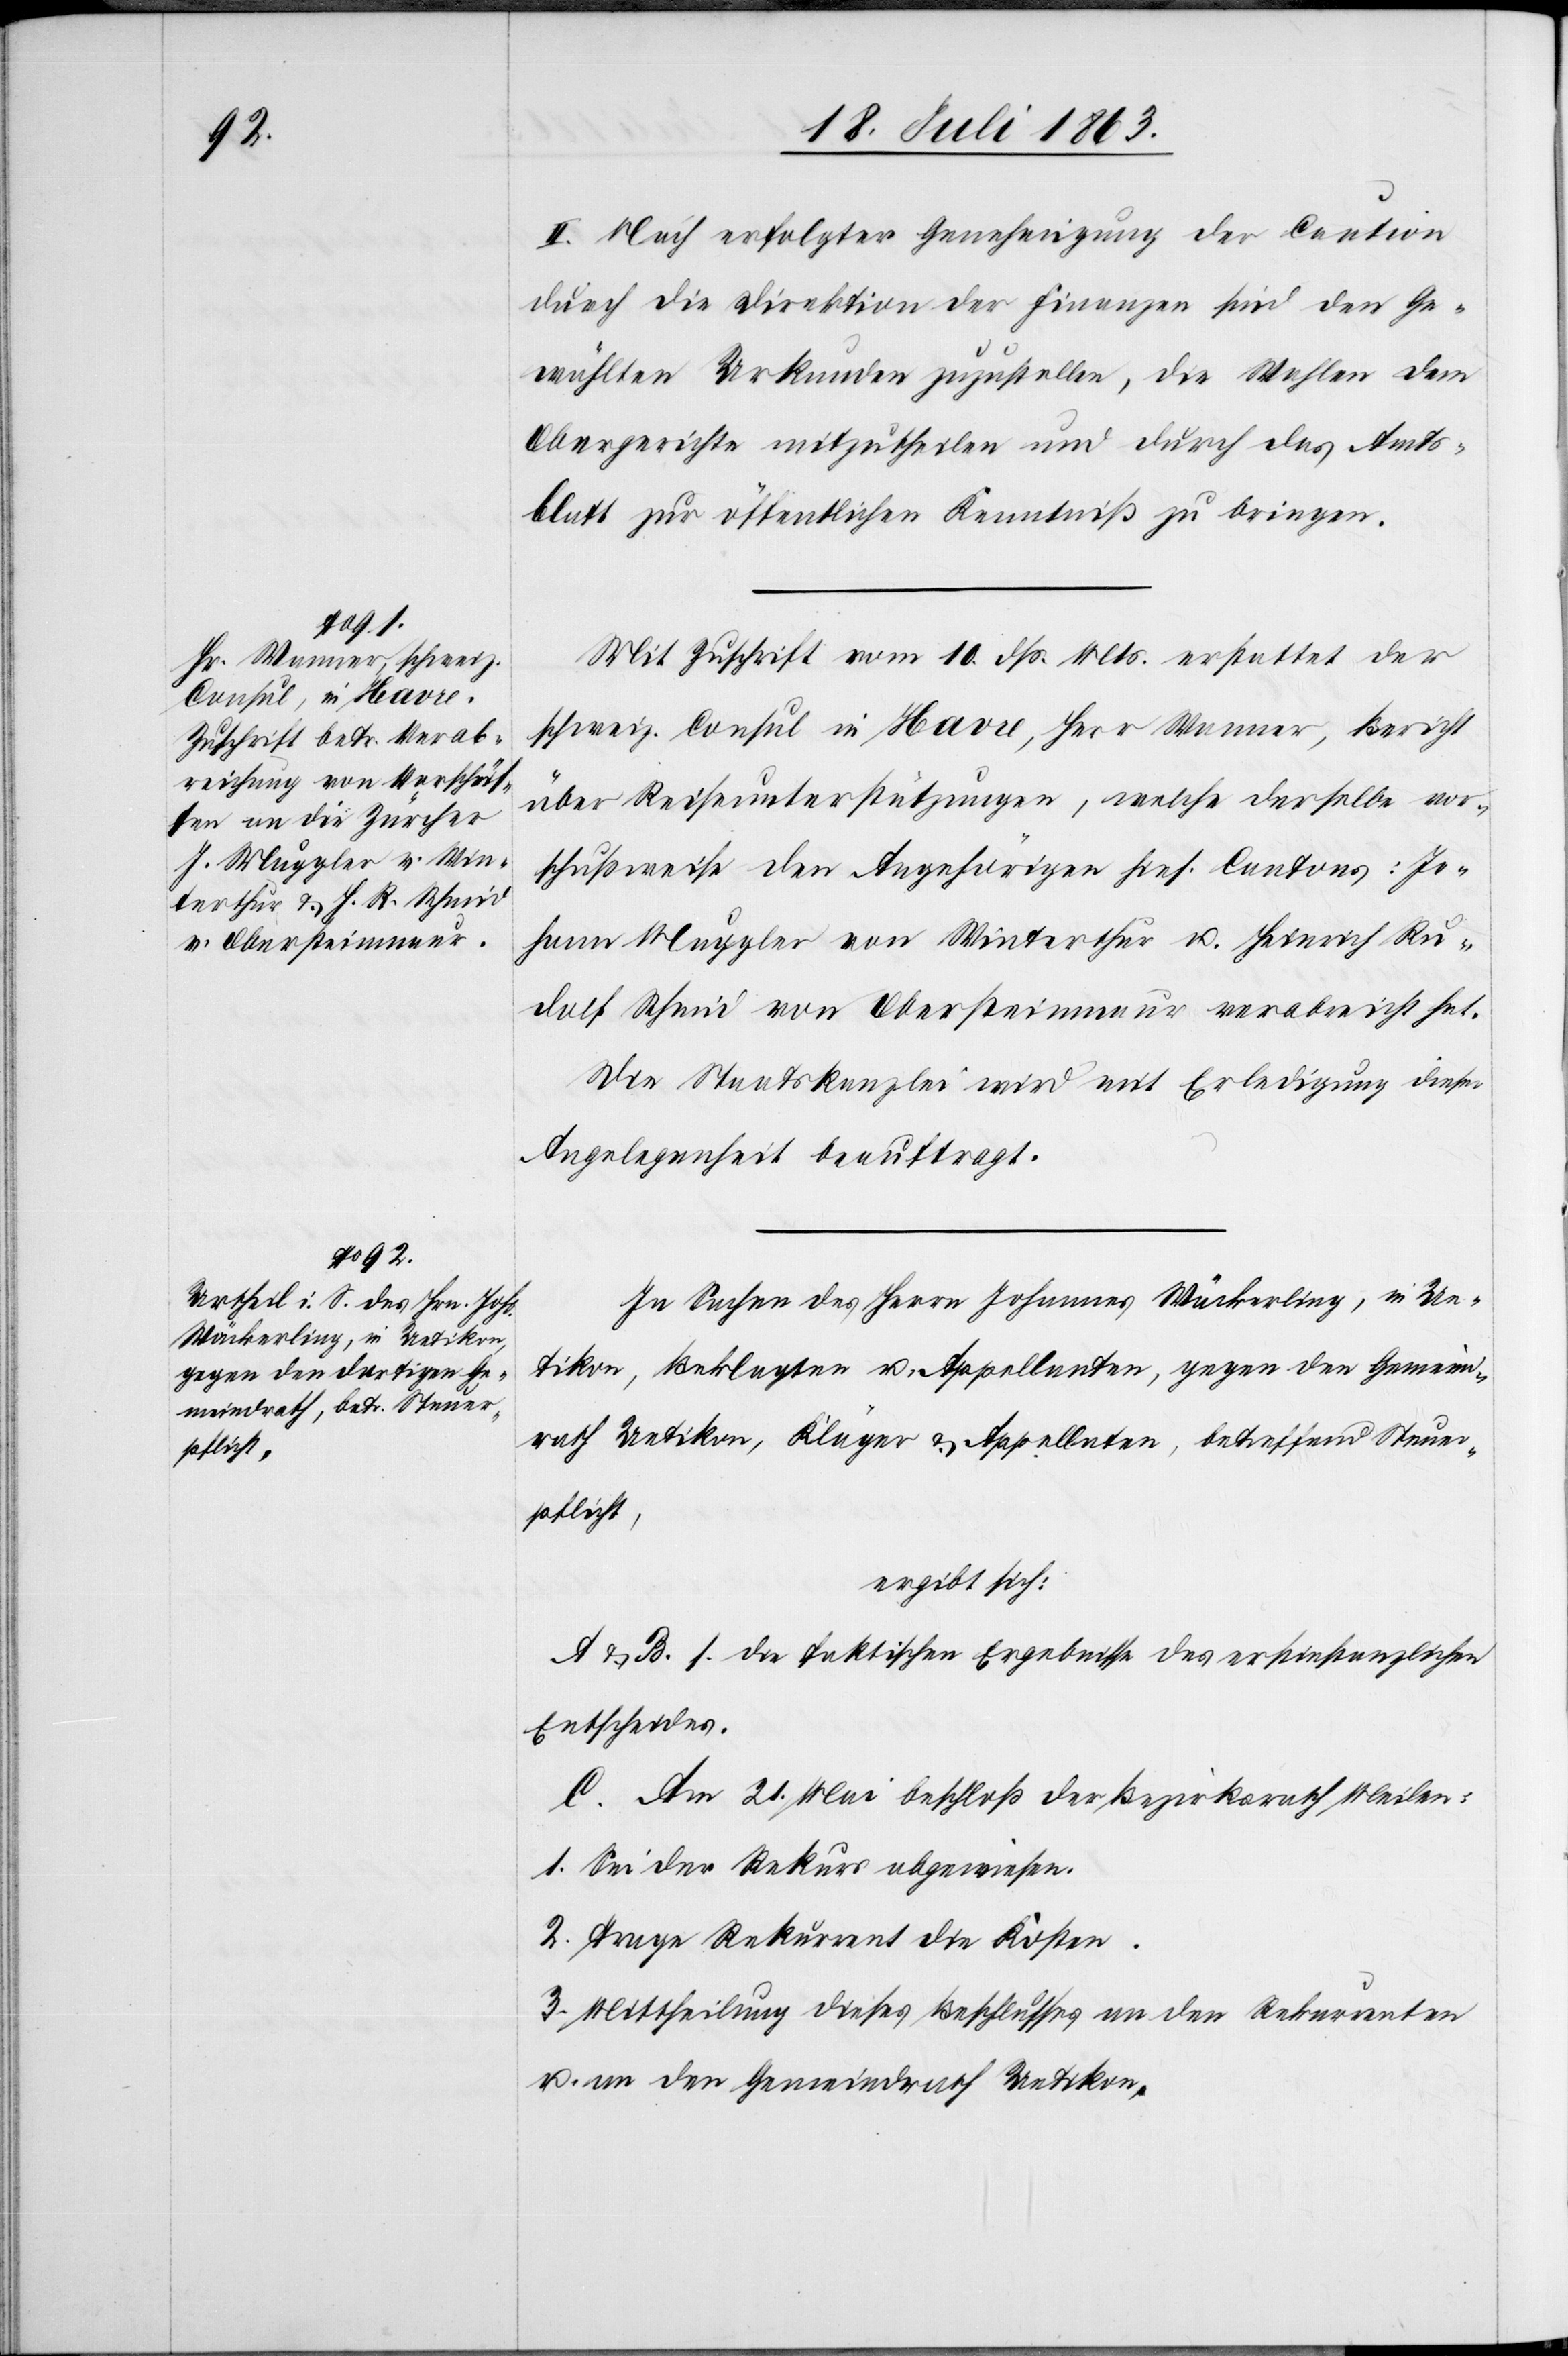
II. Nach erfolgter Genehmigung der Caution
durch die Direktion der Finanzen sind den Ge¬
wählten Urkunden zuzustellen, die Wahlen dem
Obergerichte mitzutheilen und durch das Amts¬
blatt zur öffentlichen Kenntniß zu bringen.
Mit Zuschrift vom 10. dß. Mts. erstattet der
schweiz. Consul in Havre, Herrn Wanner, Bericht
über Reiseunterstützungen, welche derselbe vor¬
schußweise den Angehörigen hies. Cantons: Jo¬
hann Muggler von Winterthur u. Heinrich Ru¬
dolf Schmid von Obersteinmaur verabreicht hat.
Die Staatskanzlei wird mit Erledigung dieser
Angelegenheit beauftragt.
In Sachen des Herrn Johannes Wäckerling, in Ue¬
tikon, Beklagten u. Appellanten, gegen den Gemeind¬
rath Uetikon, Kläger & Appellaten, betreffend Steuer¬
pflicht,
ergibt sich:
A & B. s. die faktischen Ergebnisse des erstinstanzlichen
Entscheides.
C. Am 21. Mai beschloß der Bezirksrath Meilen:
1. Sei der Rekurs abgewiesen.
2. Trage Rekurrent die Kosten.
3. Mittheilung dieses Beschlusses an den Rekurrenten
u. an den Gemeindrath Uetikon.